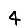
Digit: 4